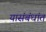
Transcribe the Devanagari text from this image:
यासंबंधांत